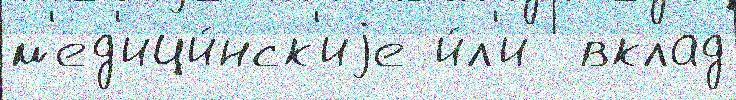
м'ед'ици́нск'иjе и́л'и  вклад